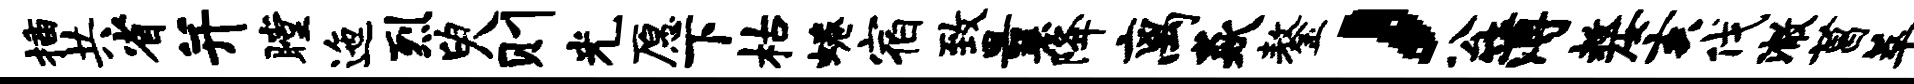
插共省并瞠迤烈臾则光愿下枯蜷宿致曩降离焱鏊，公簿嫠亥伐澈菖萃